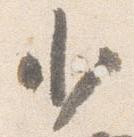
少